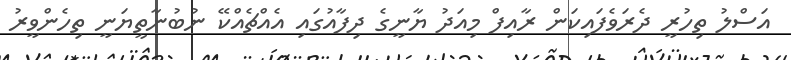
އަސްލު ތިހުރީ ދެރަވެފައިކަން ރާއިފް މިއަދު ޔާނީގެ ދިފާއުގައި އެއްޗެއްކޭ ނުބުނާތީޔަނީ ތިހެންވީރު